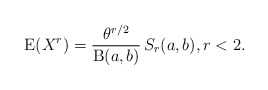
\begin{align*}\operatorname{E}(X^r)=\frac{\theta^{r/2}}{\operatorname{B}(a,b)}\,S_r(a,b),r<2.\end{align*}